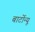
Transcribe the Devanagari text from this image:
बार्टोन्यू